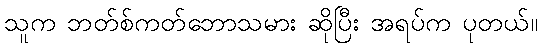
သူက ဘတ်စ်ကတ်ဘောသမား ဆိုပြီး အရပ်က ပုတယ်။